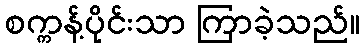
စက္ကန့်ပိုင်းသာ ကြာခဲ့သည်။